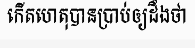
កើតហេតុបានប្រាប់ឲ្យដឹងថា